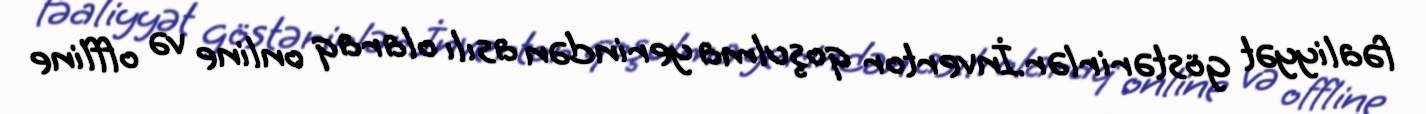
fəaliyyət göstərirlər.İnvertor qoşulma yerindən asılı olaraq online və offline